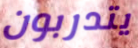
يتدربون